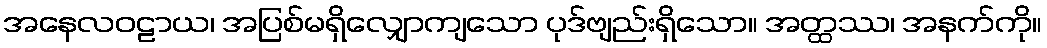
အနေလဝဠာယ၊ အပြစ်မရှိလျှောကျသော ပုဒ်ဗျည်းရှိသော။ အတ္ထဿ၊ အနက်ကို။